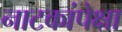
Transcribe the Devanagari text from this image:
नाटकांपेक्षा